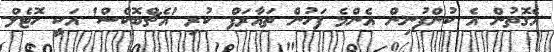
އެގޮތުން އެ ކުންފުނިން އެންމެ ފަހުން ތައާރަފް ކުރި 'އެޗްބޮކްސް' އަކީ ހޮޓެލް